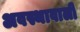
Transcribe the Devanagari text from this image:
अवस्थावाली